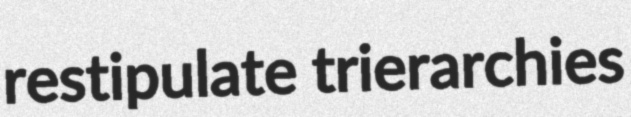
restipulate trierarchies